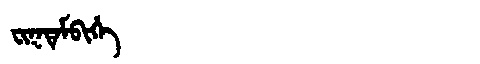
Manchu: ᠸᡳᡴᡨᡝᠮᠪᡳᡥᡝ
Romanization: FIKTEMBIHE